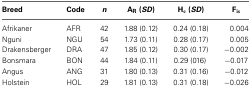
<table><thead><tr><td><b>Breed</b></td><td><b>Code</b></td><td><b><i>n</i></b></td><td><b>A<sub>R</sub> (<i>SD</i>)</b></td><td><b>H<sub>e</sub> (<i>SD</i>)</b></td><td><b>F<sub>is</sub></b></td></tr></thead><tbody><tr><td>Afrikaner</td><td>AFR</td><td>42</td><td>1.88 (0.12)</td><td>0.24 (0.18)</td><td>0.004</td></tr><tr><td>Nguni</td><td>NGU</td><td>54</td><td>1.73 (0.11)</td><td>0.28 (0.17)</td><td>0.005</td></tr><tr><td>Drakensberger</td><td>DRA</td><td>47</td><td>1.85 (0.12)</td><td>0.30 (0.17)</td><td>−0.002</td></tr><tr><td>Bonsmara</td><td>BON</td><td>44</td><td>1.84 (0.11)</td><td>0.29 (016)</td><td>−0.017</td></tr><tr><td>Angus</td><td>ANG</td><td>31</td><td>1.80 (0.13)</td><td>0.31 (0.16)</td><td>−0.012</td></tr><tr><td>Holstein</td><td>HOL</td><td>29</td><td>1.81 (0.13)</td><td>0.31 (0.18)</td><td>−0.026</td></tr></tbody></table>